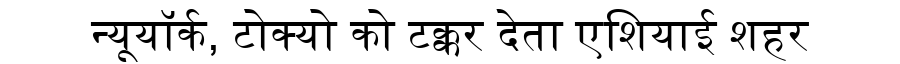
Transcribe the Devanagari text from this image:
न्यूयॉर्क, टोक्यो को टक्कर देता एशियाई शहर